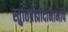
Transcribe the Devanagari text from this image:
स्तुतिर्ब्रह्मादीनामपि